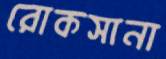
রোকসানা